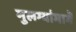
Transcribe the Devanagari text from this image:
मुलग्यांमागॆ